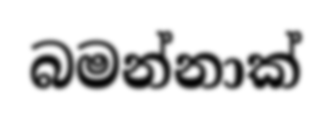
බමන්නාක්